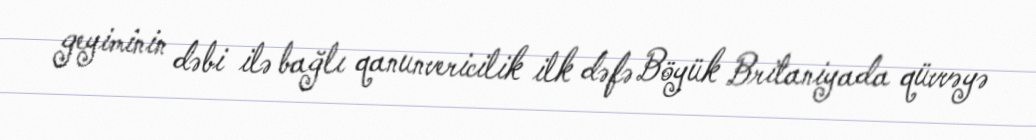
geyiminin dəbi ilə bağlı qanunvericilik ilk dəfə Böyük Britaniyada qüvvəyə